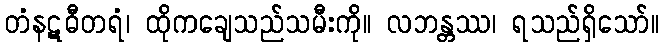
တံနဋဓီတရံ၊ ထိုကချေသည်သမီးကို။ လဘန္တဿ၊ ရသည်ရှိသော်။